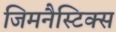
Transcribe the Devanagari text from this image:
जिमनैस्टिक्स